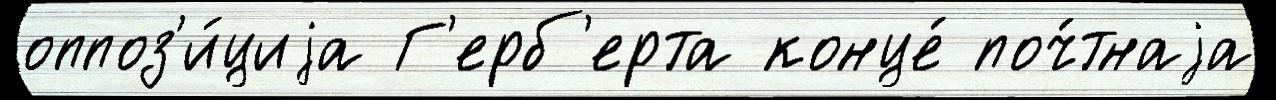
оппоз'и́циjа Г'ерб'ерта конце́ поч́тнаjа